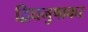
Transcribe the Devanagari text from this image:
द्विधनुषाकर